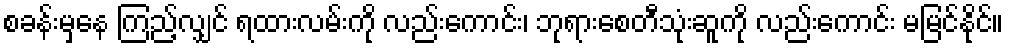
စခန်းမှနေ ကြည့်လျှင် ရထားလမ်းကို လည်းကောင်း၊ ဘုရားစေတီသုံးဆူကို လည်းကောင်း မမြင်နိုင်။